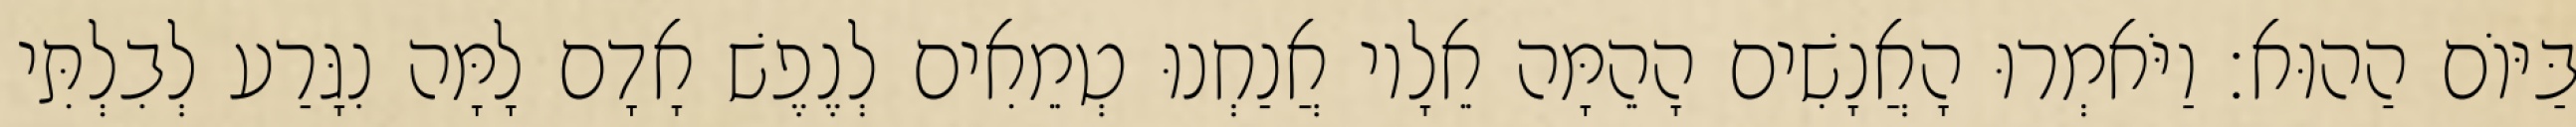
בַּיּוֹם הַהוּא׃ וַיֹּאמְרוּ הָאֲנָשִׁים הָהֵמָּה אֵלָיו אֲנַחְנוּ טְמֵאִים לְנֶפֶשׁ אָדָם לָמָּה נִגָּרַע לְבִלְתִּי